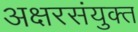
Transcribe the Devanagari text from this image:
अक्षरसंयुक्त